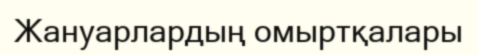
Жануарлардың омыртқалары